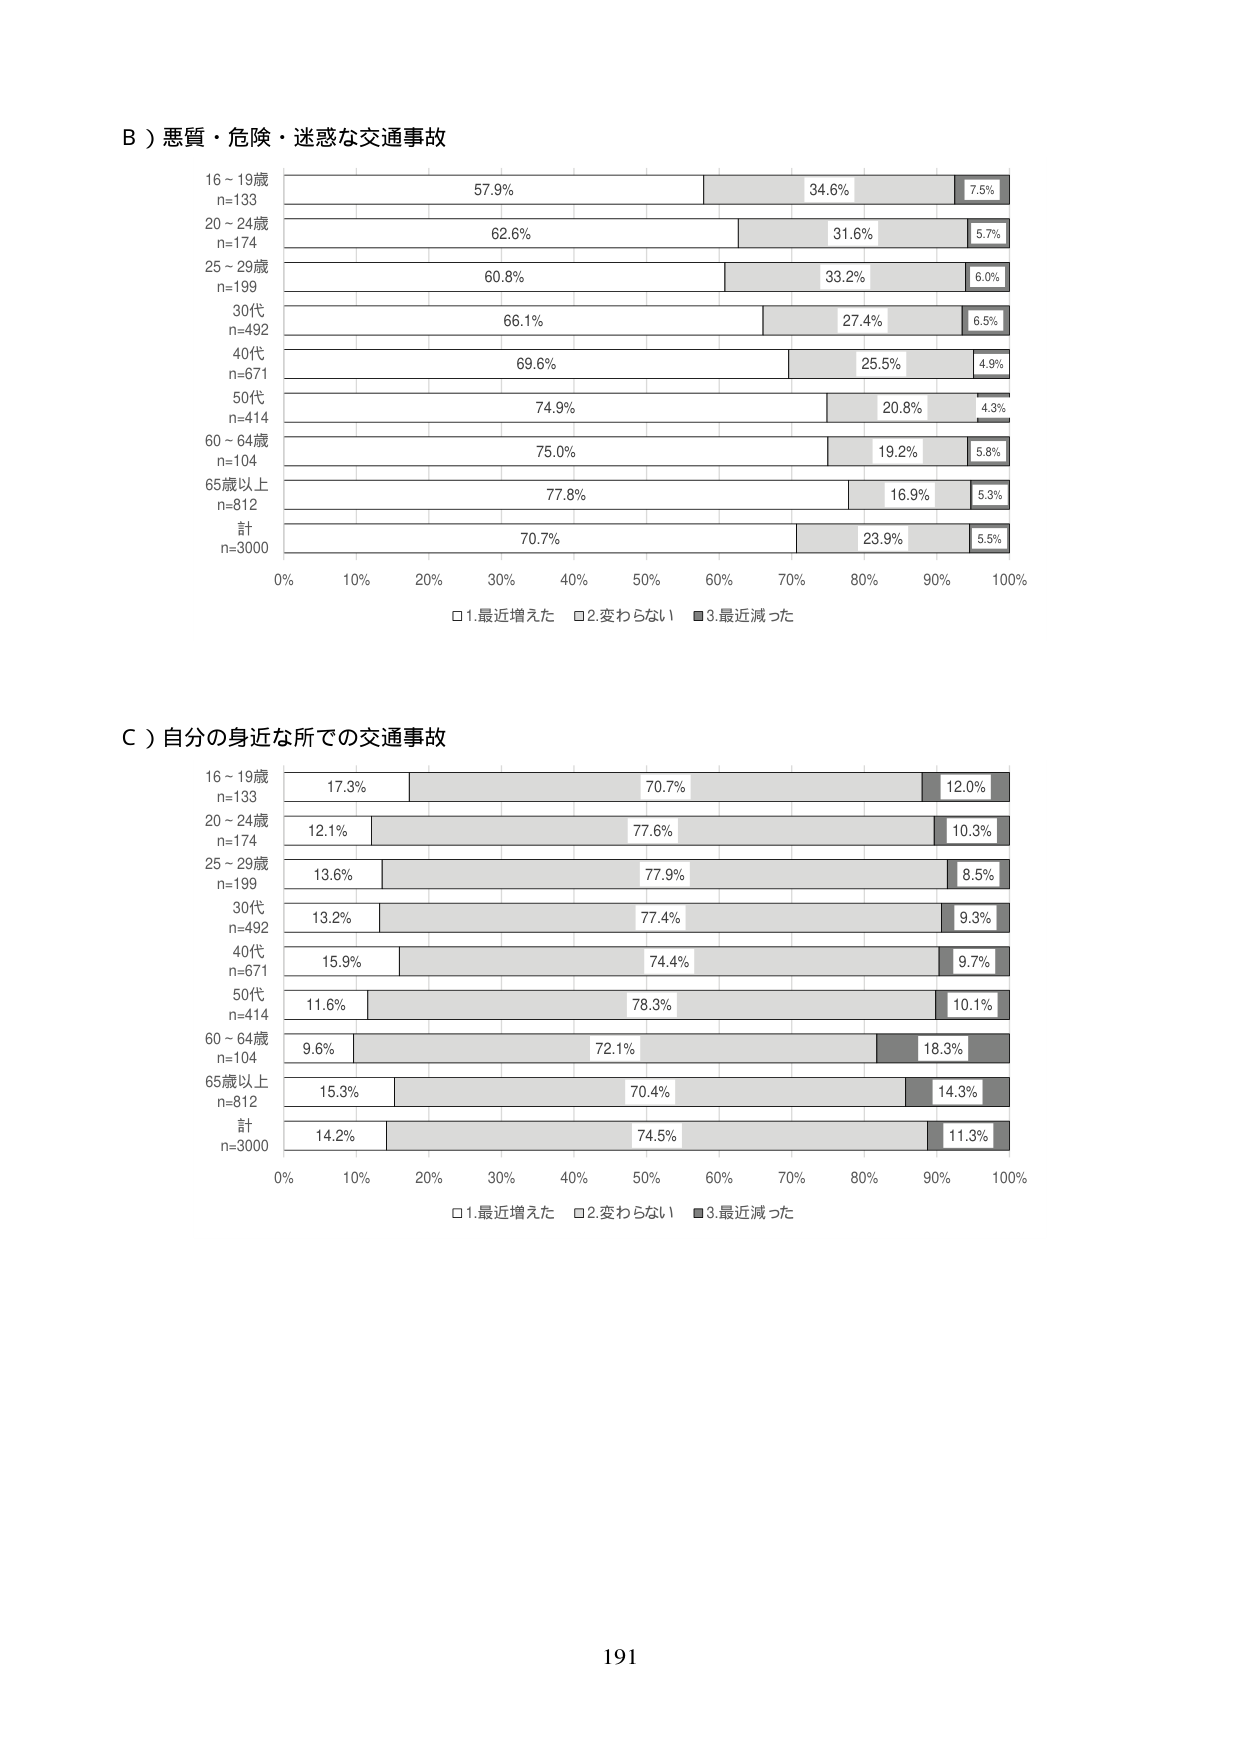
B）悪質・危険・迷惑な交通事故
16～19歳
n=133
57.9% 34.6% 7.5%
20～24歳
n=174
62.6% 31.6% 5.7%
25～29歳
n=199
60.8% 33.2% 6.0%
30代
n=492
66.1% 27.4% 6.5%
40代
n=671
69.6% 25.5% 4.9%
50代
n=414
74.9% 20.8% 4.3%
60～64歳
n=104
75.0% 19.2% 5.8%
65歳以上
n=812
77.8% 16.9% 5.3%
計
n=3000
70.7% 23.9% 5.5%
0% 10% 20% 30% 40% 50% 60% 70% 80% 90% 100%
□1.最近増えた □2.変わらない ■3.最近減った

C）自分の身近な所での交通事故
16～19歳
n=133
17.3% 70.7% 12.0%
20～24歳
n=174
12.1% 77.6% 10.3%
25～29歳
n=199
13.6% 77.9% 8.5%
30代
n=492
13.2% 77.4% 9.3%
40代
n=671
15.9% 74.4% 9.7%
50代
n=414
11.6% 78.3% 10.1%
60～64歳
n=104
9.6% 72.1% 18.3%
65歳以上
n=812
15.3% 70.4% 14.3%
計
n=3000
14.2% 74.5% 11.3%
0% 10% 20% 30% 40% 50% 60% 70% 80% 90% 100%
□1.最近増えた □2.変わらない ■3.最近減った

191